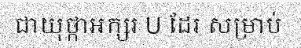
ជាយុថ្កាអក្សរ U ដែរ សម្រាប់